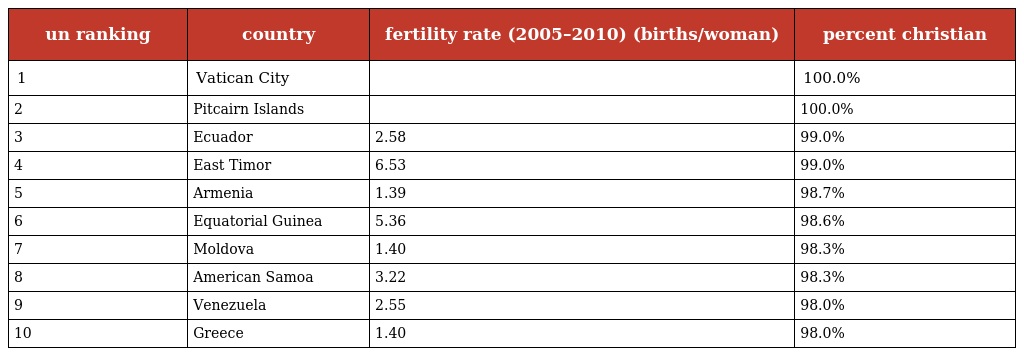
| un ranking | country | fertility rate (2005–2010) (births/woman) | percent christian |
 | --- | --- | --- | --- |
 | 1 | Vatican City |  | 100.0% |
 | 2 | Pitcairn Islands |  | 100.0% |
 | 3 | Ecuador | 2.58 | 99.0% |
 | 4 | East Timor | 6.53 | 99.0% |
 | 5 | Armenia | 1.39 | 98.7% |
 | 6 | Equatorial Guinea | 5.36 | 98.6% |
 | 7 | Moldova | 1.40 | 98.3% |
 | 8 | American Samoa | 3.22 | 98.3% |
 | 9 | Venezuela | 2.55 | 98.0% |
 | 10 | Greece | 1.40 | 98.0% |